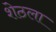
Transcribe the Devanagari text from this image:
शेठला